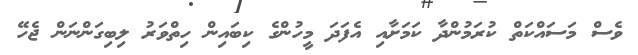
ވެސް މަސައްކަތް ކުރަމުންދާ ކަމަށާއި އެފަދަ މީހުންގެ ކިބައިން ހިތްވަރު ލިބިގަންނަން ޖެހޭ